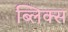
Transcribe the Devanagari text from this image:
ब्लिक्स